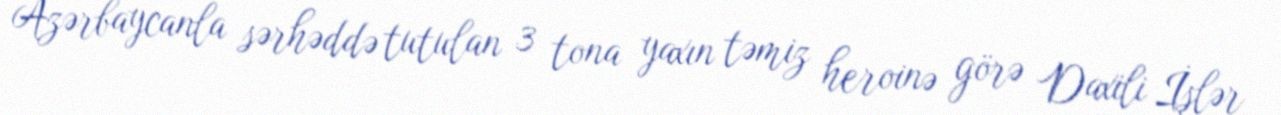
Azərbaycanla sərhəddə tutulan 3 tona yaxın təmiz heroinə görə Daxili İşlər